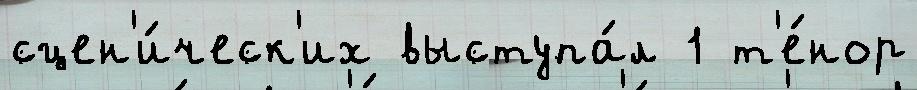
сцен'и́ческ'их выступа́л 1 т'е́нор